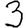
Digit: 3